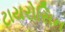
ટાયરોસિન